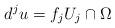
LaTeX: \begin{align*}d^j u = f_j U_j \cap \Omega\end{align*}